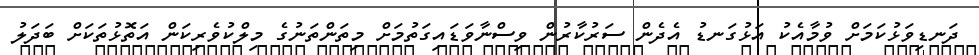
ދަނޑިވަޅުކަމަށް ވުމާއެކު އަޅުގަނޑު އެދެން ސަރުކާރުން ވިސްނާވަޑައިގަތުމަށް މިތަންތަނުގެ މިލްކުވެރިކަން އަތޮޅުތަކަށް ބަދަލު